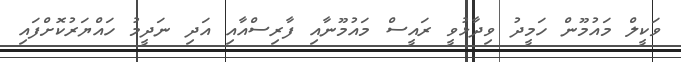
ވަކީލް މައުމޫން ހަމީދު ވިދާޅުވީ ރައީސް މައުމޫނާއި ފާރިސްއާއި އަދި ނަދީމު ހައްޔަރުކޮށްފައި